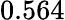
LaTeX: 0.564